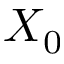
X _ { 0 }